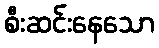
စီးဆင်းနေသော